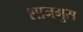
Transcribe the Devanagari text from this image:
शानगुस